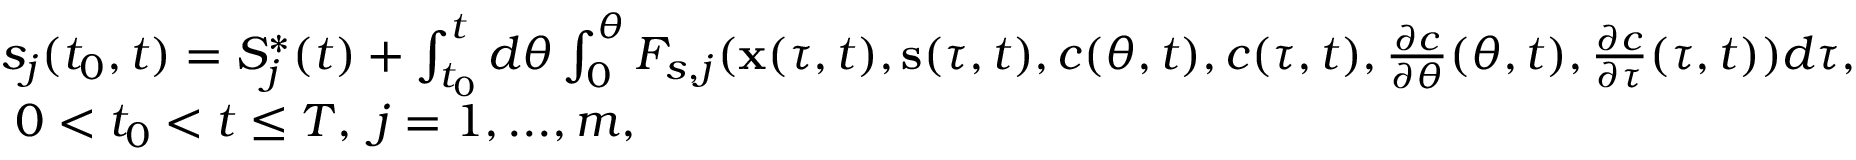
\begin{array} { r l } & { s _ { j } ( t _ { 0 } , t ) = S _ { j } ^ { * } ( t ) + \int _ { t _ { 0 } } ^ { t } d \theta \int _ { 0 } ^ { \theta } F _ { s , j } ( { \bf x } ( \tau , t ) , { \bf s } ( \tau , t ) , c ( \theta , t ) , c ( \tau , t ) , \frac { \partial c } { \partial \theta } ( \theta , t ) , \frac { \partial c } { \partial \tau } ( \tau , t ) ) d \tau , } \\ & { \ 0 < t _ { 0 } < t \leq T , \ j = 1 , . . . , m , } \end{array}